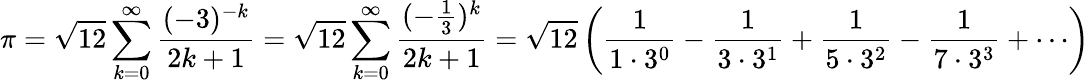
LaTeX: \pi={\sqrt{12}}\sum_{k=0}^{\infty}{\frac{(-3)^{-k}}{2k+1}}={\sqrt{12}}\sum_{k=0}^{\infty}{\frac{(-{\frac{1}{3}})^{k}}{2k+1}}={\sqrt{12}}\left({\frac{1}{1\cdot 3^{0}}}-{\frac{1}{3\cdot 3^{1}}}+{\frac{1}{5\cdot 3^{2}}}-{\frac{1}{7\cdot 3^{3}}}+\cdots\right)